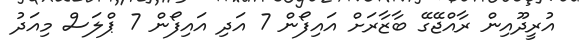
އުރީދޫއިން ރާއްޖޭގޭ ބާޒާރަށް އައިފޯން 7 އަދި އައިފޯން 7 ޕްލަސް މިއަދު